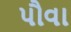
પૌવા